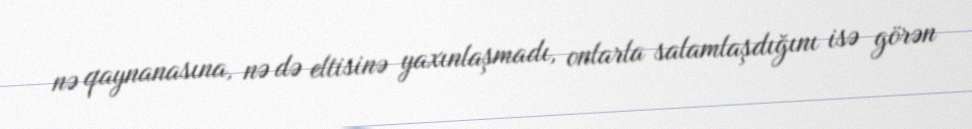
nə qaynanasına, nə də eltisinə yaxınlaşmadı, onlarla salamlaşdığını isə görən